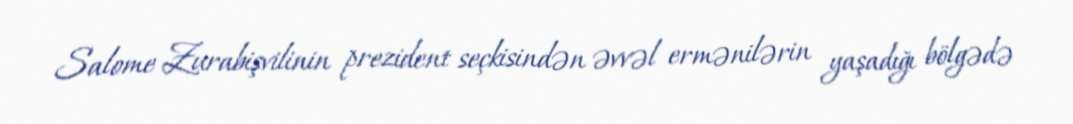
Salome Zurabişvilinin prezident seçkisindən əvvəl ermənilərin yaşadığı bölgədə